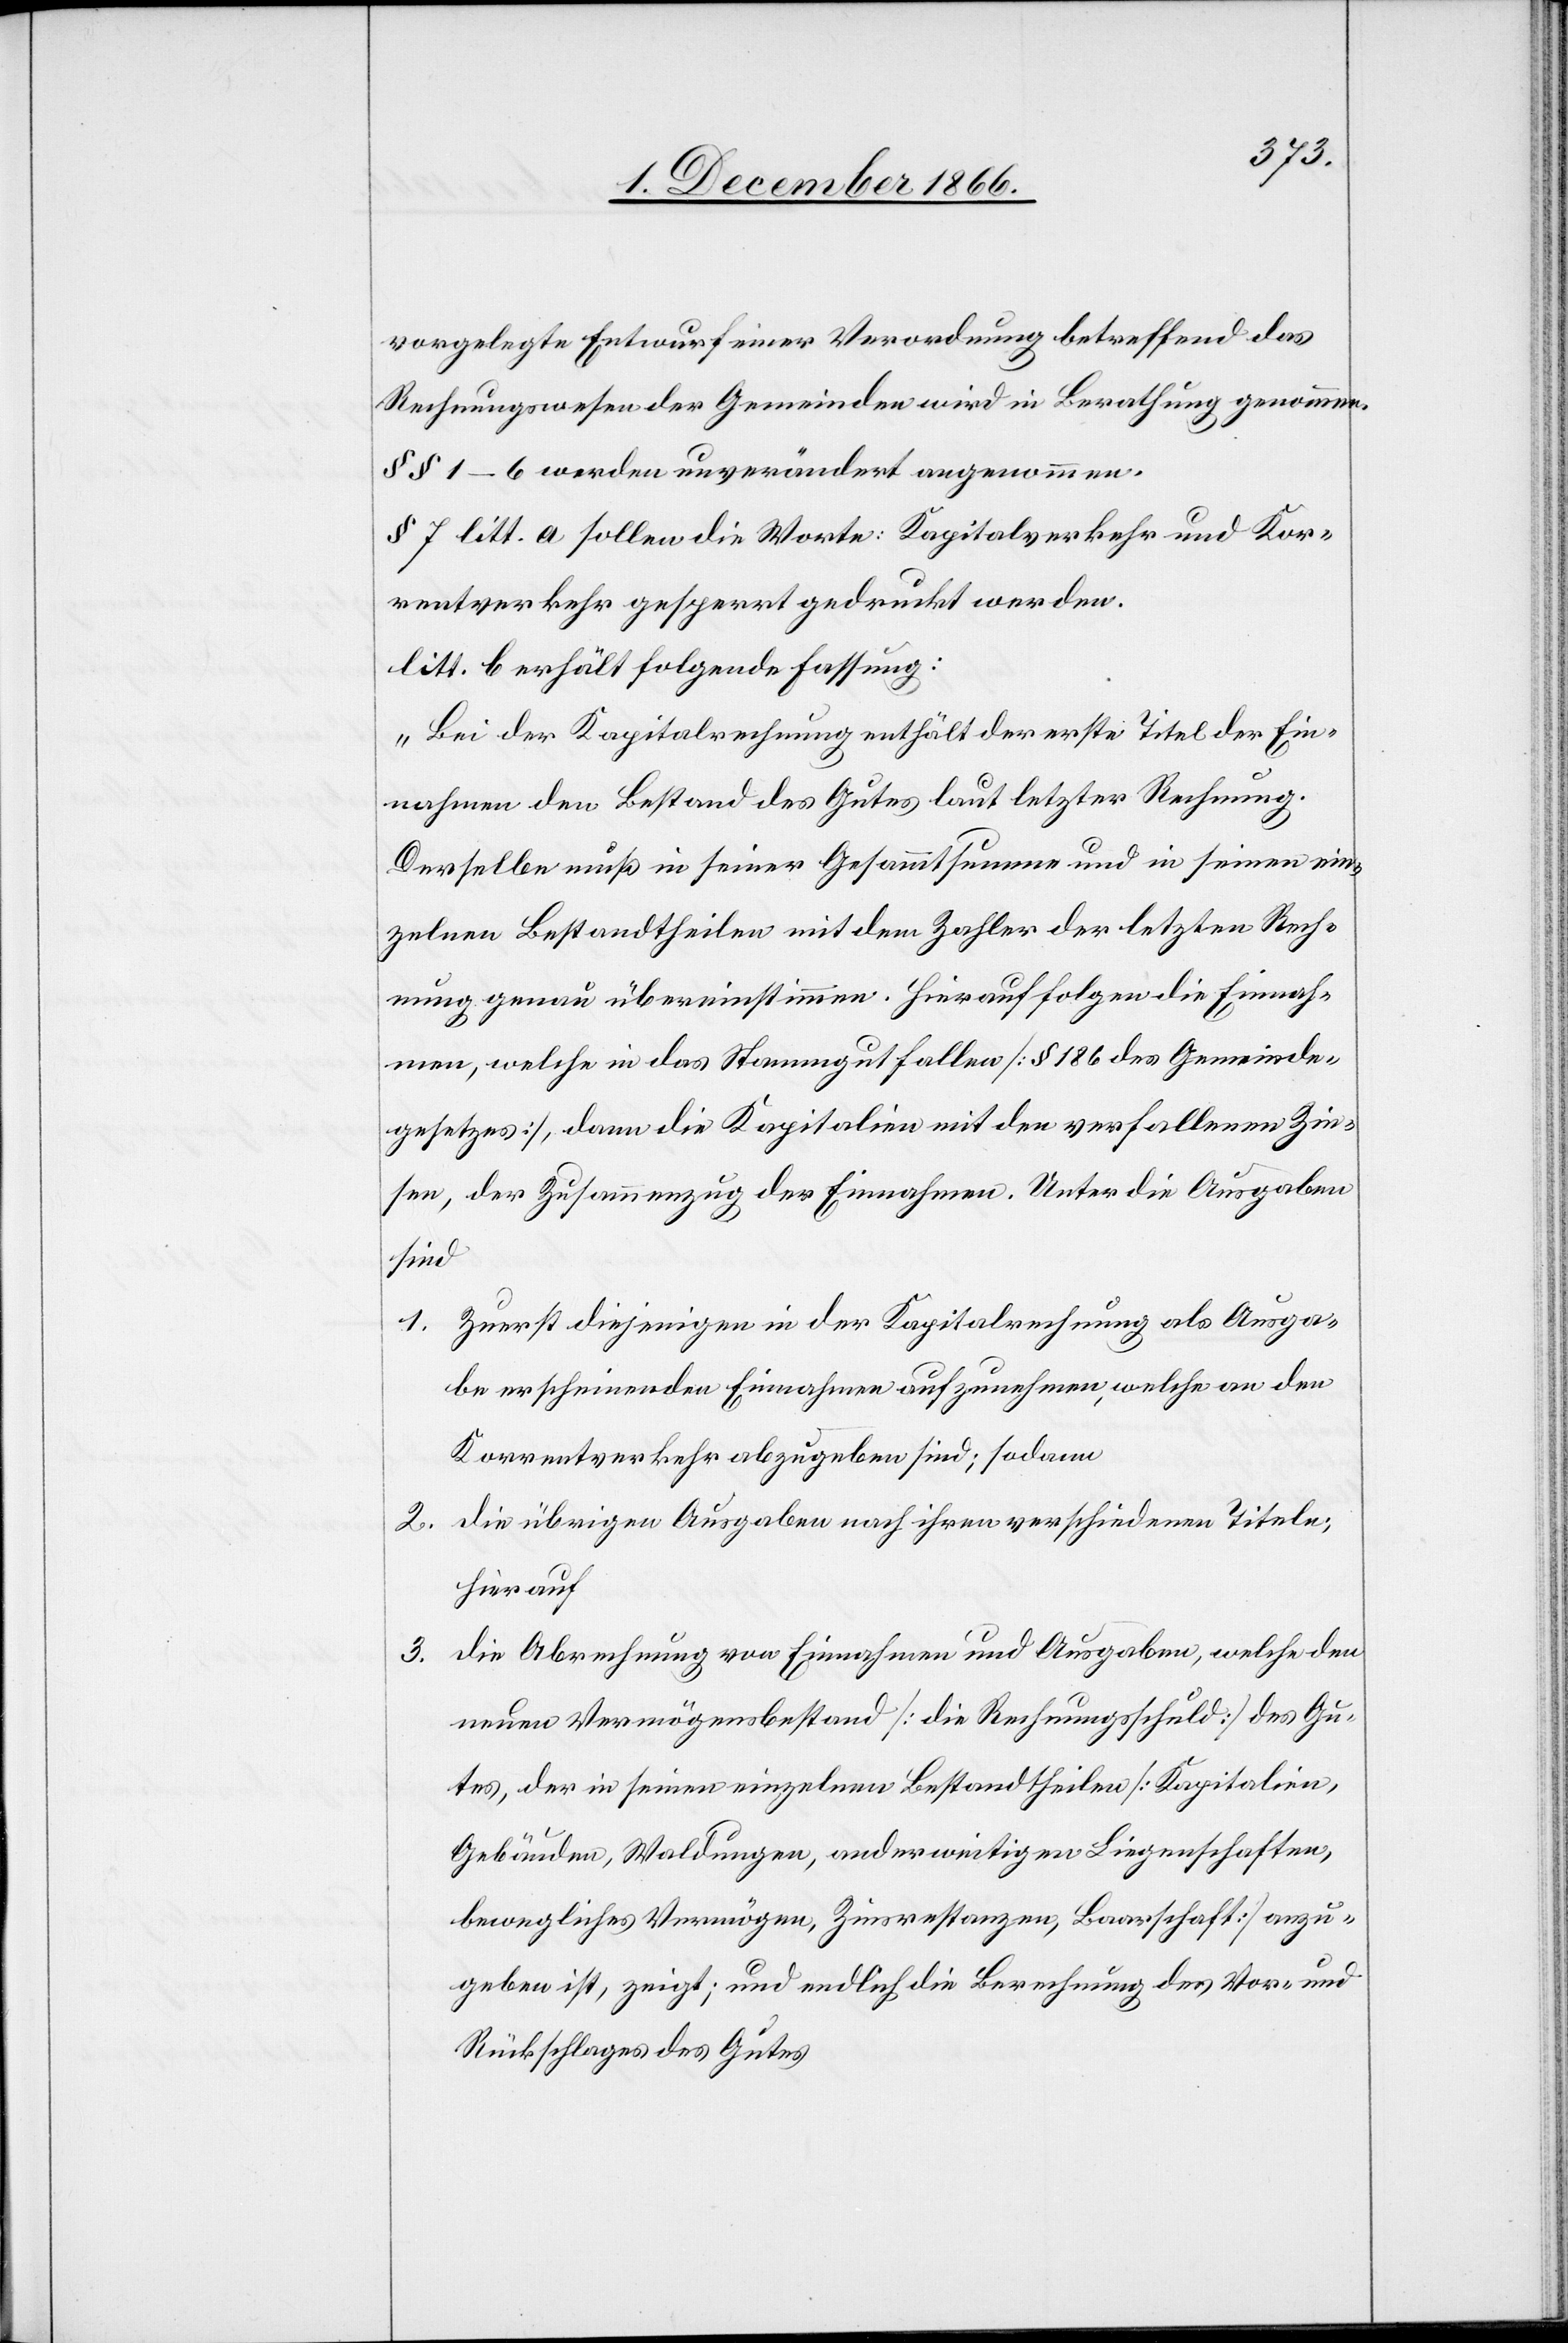
vorgelegte Entwurf einer Verordnung betreffend das
Rechnungswesen der Gemeinden wird in Berathung genommen.
§ § 1–6 werden unverändert angenommen.
§ 7 litt. a sollen die Worte: Kapitalverkehr und Kor¬
rentverkehr gesperrt gedruckt werden.
litt. b erhält folgende Fassung:
„Bei der Kapitalrechnung enthält der erste Titel der Ein¬
nahme den Bestand des Gutes laut letzter Rechnung.
Derselbe muß in seiner Gesammtsumme und in seinen ein¬
zelnen Bestandtheilen mit dem Zahler der letzten Rech¬
nung genau übereinstimmen. Hierauf folgen die Einnah¬
men, welche in das Stammgut fallen [§ 186 des Gemeinde¬
gesetzes], dann die Kapitalien mit den verfallenen Zin¬
sen, der Zusammenzug der Einnahmen. Unter die Ausgaben
sind
Zuerst diejenigen in der Kapitalrechnung als Ausga¬
be erscheinenden Einnahmen aufzunehmen, welche an den
Korrentverkehr abzugeben sind; sodann
die übrigen Ausgaben nach ihren verschiedenen Titeln;
hierauf
die Abrechnung von Einnahmen und Ausgaben, welche den
3.
neuen Vermögensbestand [die Rechnungsschuld] des Gu¬
tes, der in seinen einzelnen Bestandtheilen [Kapitalien,
Gebäuden, Waldungen, anderweitigen Liegenschaften,
bewegliches Vermögen, Zinsrestanzen, Baarschaft] anzu¬
geben ist, zeigt; und endlich die Berechnung des Vor- und
Rückschlages des Gutes